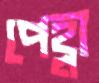
পেহ্লা